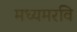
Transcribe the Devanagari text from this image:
मध्यमरवि